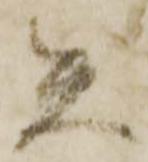
矢